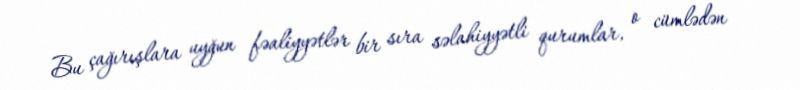
Bu çağırışlara uyğun fəaliyyətlər bir sıra səlahiyyətli qurumlar, o cümlədən